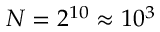
N = 2 ^ { 1 0 } \approx 1 0 ^ { 3 }